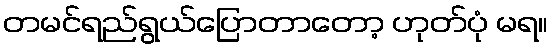
တမင်ရည်ရွယ်ပြောတာတော့ ဟုတ်ပုံ မရ။